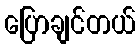
ပြောချင်တယ်